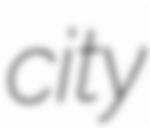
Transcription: city